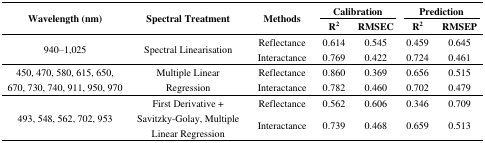
| <ROWSPAN=3> Wavelength (nm) | <ROWSPAN=3> Spectral Treatment | <ROWSPAN=3> Methods | <COLSPAN=2> Calibration | <COLSPAN=2> Prediction |
 | R2 | RMSEC | R2 | RMSEP |
 | --- | --- | --- | --- | --- | --- | --- |
 | 940–1,025 | Spectral Linearisation | Reflectance Interactance | 0.614 0.769 | 0.545 0.422 | 0.459 0.724 | 0.645 0.461 |
 | 450, 470, 580, 615, 650, 670, 730, 740, 911, 950, 970 | Multiple Linear Regression | Reflectance Interactance | 0.860 0.782 | 0.369 0.460 | 0.656 0.702 | 0.515 0.479 |
 | 493, 548, 562, 702, 953 | First Derivative + Savitzky-Golay, Multiple Linear Regression | Reflectance Interactance | 0.562 0.739 | 0.606 0.468 | 0.346 0.659 | 0.709 0.513 |